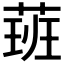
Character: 𦶾